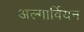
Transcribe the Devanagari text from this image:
अल्गार्वियन